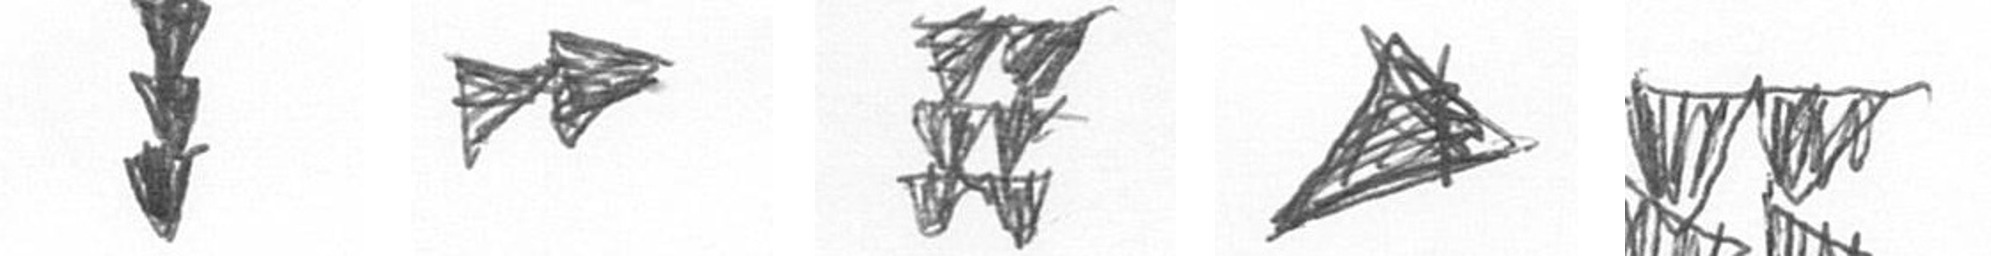
E A Y O B